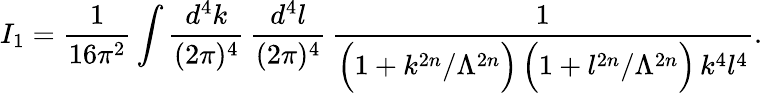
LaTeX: I_{1}=\frac{1}{16\pi^{2}}\int\frac{d^{4}k}{(2\pi)^{4}}\, \frac{d^{4}l}{(2\pi)^{4}}\, \frac{1}{\Big(1+k^{2n}/\Lambda^{2n}\Big)\, \Big(1+l^{2n}/\Lambda^{2n}\Big)\, k^{4}l^{4}}.